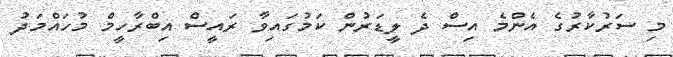
މި ސަރުކާރުގެ އެންމެ އިސް ދެ ލީޑަރުން ކަމުގައިވާ ރައީސް އިބްރާހީމް މުހައްމަދު